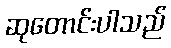
ဆုတောင်းပါသည်